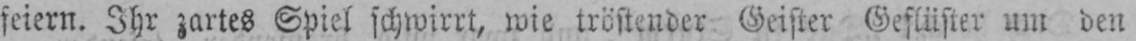
feiern. Ihr zartes Spiel schwirrt, wie tröstender Geister Geflüster um den